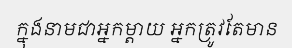
ក្នុងនាមជាអ្នកម្តាយ អ្នកត្រូវតែមាន